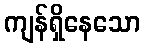
ကျန်ရှိနေသော